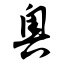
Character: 奥